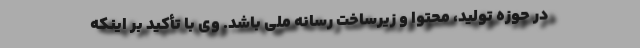
در حوزه تولید، محتوا و زیرساخت رسانه ملی باشد. وی با تأکید بر اینکه